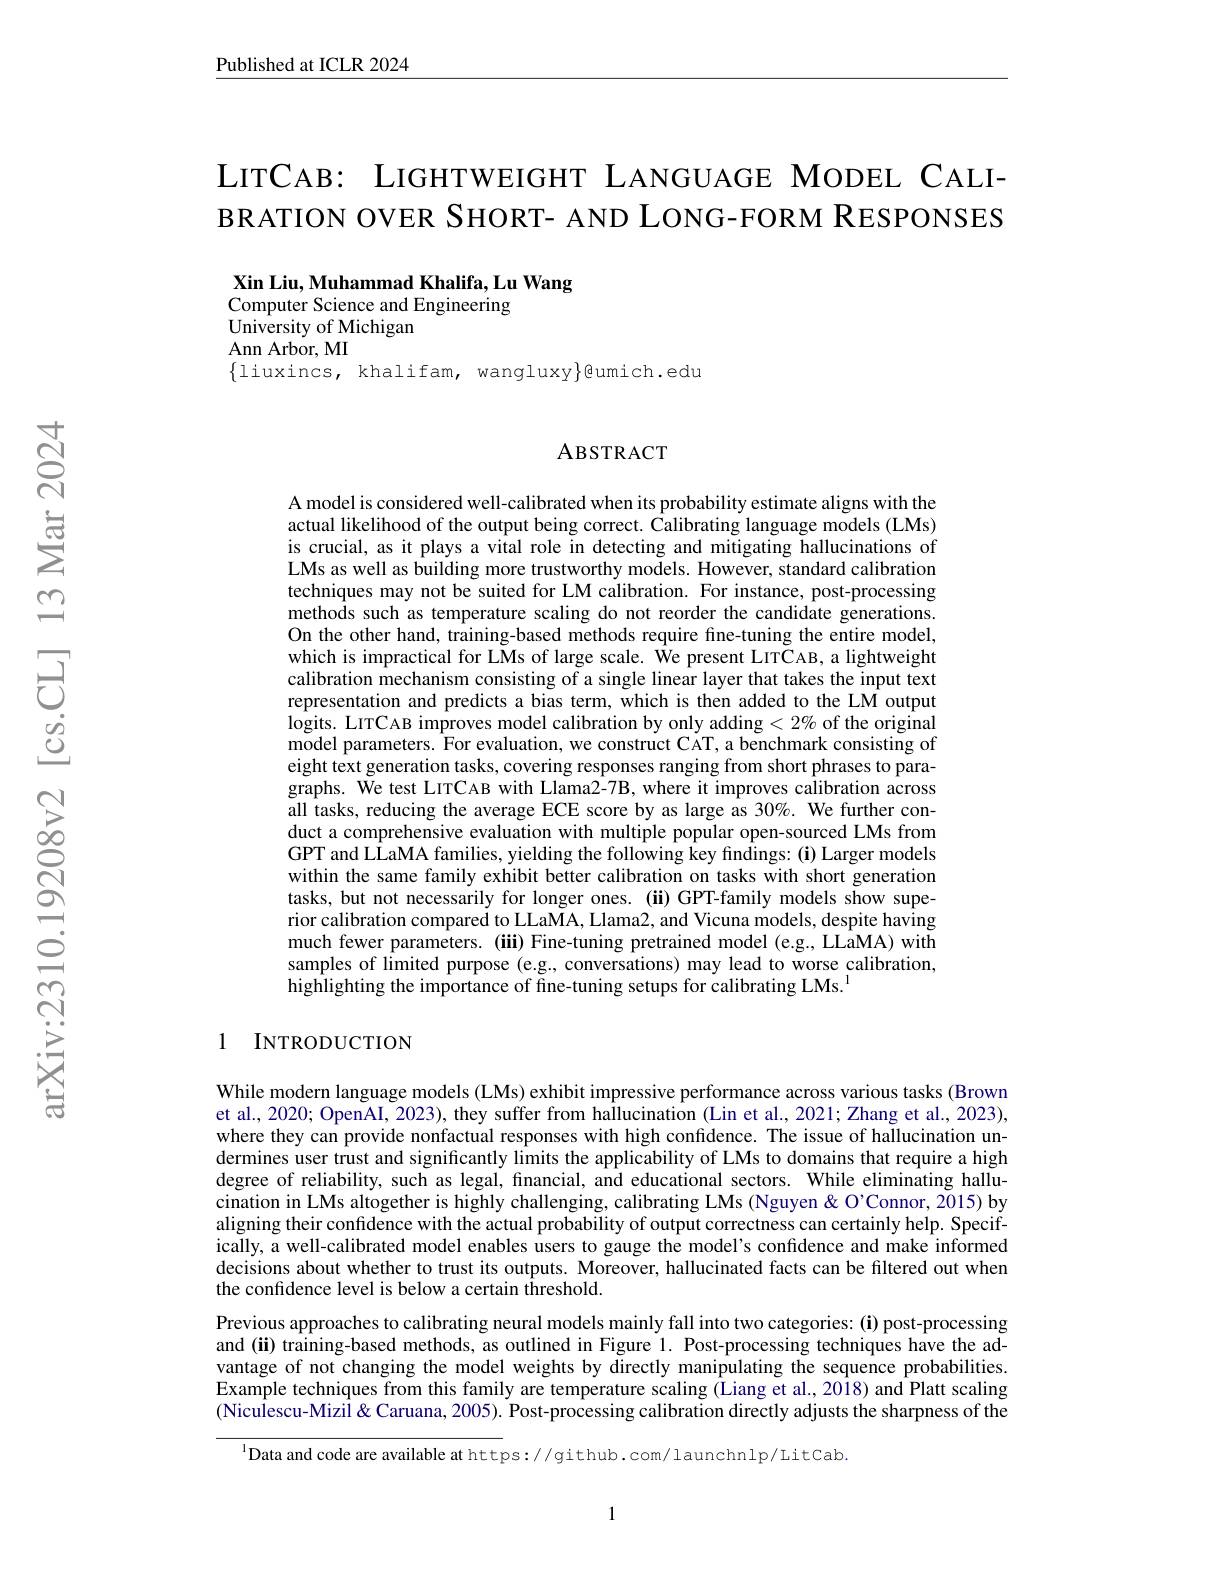
Published at ICLR 2024

LITCAB: LIGHTWEIGHT LANGUAGE MODEL CALIBRATION OVER SHORT- AND LONG-FORM RESPONSES

Xin Liu, Muhammad Khalifa, Lu Wang
Computer Science and Engineering
$\hat{\text{University of Michigan}}$
Ann Arbor, MI
$\{$liuxincs, khalifam, wangluxy$\}$@umich.edu

### ABSTRACT

A model is considered well-calibrated when its probability estimate aligns with the actual likelihood of the output being correct. Calibrating language models (LMs) is crucial, as it plays a vital role in detecting and mitigating hallucinations of LMs as well as building more trustworthy models. However, standard calibration techniques may not be suited for LM calibration. For instance, post-processing methods such as temperature scaling do not reorder the candidate generations. On the other hand, training-based methods require fine-tuning the entire model, which is impractical for LMs of large scale. $\hat{\text{We present LITCAB, a lightweight}}$ calibration mechanism consisting of a single linear layer that takes the input text representation and predicts a bias term, which is then added to the LM output $\hat{\text{logits. LITCAB improves model calibration by only adding}}<2\%$ of the original $\tilde{\text{model parameters. For evaluation, we construct CAT, a benchmark consisting of}}$ eight text generation tasks, covering responses ranging from short phrases to paragraphs. We test LITCAB with Llama2-7B, where it improves calibration across all tasks, reducing the average ECE score by as large as 30%. We further conduct a comprehensive evaluation with multiple popular open-sourced LMs from GPT and LLaMA families, yielding the following key findings: (i) Larger models within the same family exhibit better calibration on tasks with short generation tasks, but not necessarily for longer ones. (ii) GPT-family models show superior calibration compared to LLaMA, Llama2, and Vicuna models, despite having much fewer parameters. (iii) Fine-tuning pretrained model (e.g., LLaMA) with samples of limited purpose (e.g,conversations) may lead to worse calibration, highlighting the importance of fine-tuning setups for calibrating LMs.$^{1}$

### 1 INTRODUCTION

While modern language models (LMs) exhibit impressive performance across various tasks (Brown et al., 2020; OpenAI, 2023), they suffer from hallucination (Lin et al., 2021; Zhang et al., 2023), where they can provide nonfactual responses with high confidence. The issue of hallucination undermines user trust and significantly limits the applicability of LMs to domains that require a high degree of reliability, such as legal, fnancial, and educational sectors. While eliminating hallucination in LMs altogether is highly challenging, calibrating LMs (Nguyen& O'Connor, 2015) by aligning their confidence with the actual probability of output correctness can certainly help. Specifically, a well-calibrated model enables users to gauge the model's confidence and make informed decisions about whether to trust its outputs. Moreover, hallucinated facts can be filtered out when the confidence level is below a certain threshold.
Previous approaches to calibrating neural models mainly fall into two categories: (i) post-processing and (ii) training-based methods, as outlined in Figure 1. Post-processing techniques have the advantage of not changing the model weights by directly manipulating the sequence probabilities. Example techniques from this family are temperature scaling (Liang et al., 2018) and Platt scaling (Niculescu-Mizil& Caruana, 2005). Post-processing calibration directly adjusts the sharpness of the

$^{1}$Data and code are available at https://github.com/launchnlp/LitCab

1